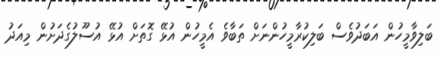
ބަލިވާމީހުން އަބަދުވެސް ބަލިކުރާމީހުންނަށް ތަބާވެ އެމީހުން އުޅޭ ގޮތަށް އުޅޭ އުސޫލުގެދަށުން މިއަދު